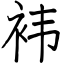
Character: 袆